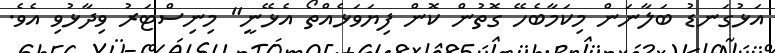
އަޅުގަނޑު ބަލާނަން މިކަމާބެހޭ ގޮތުން ކޮން ފިޔަވަޅެއްތޯ އެޅޭނީ" މިނިސްޓަރު ވިދާޅުވި އެވެ.